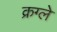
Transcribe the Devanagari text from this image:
क्रग्ले